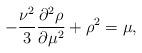
LaTeX: \begin{align*}-{\nu^2\over3}\frac{\partial^2\rho}{\partial \mu^2}+\rho^2=\mu,\end{align*}